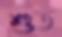
শুত